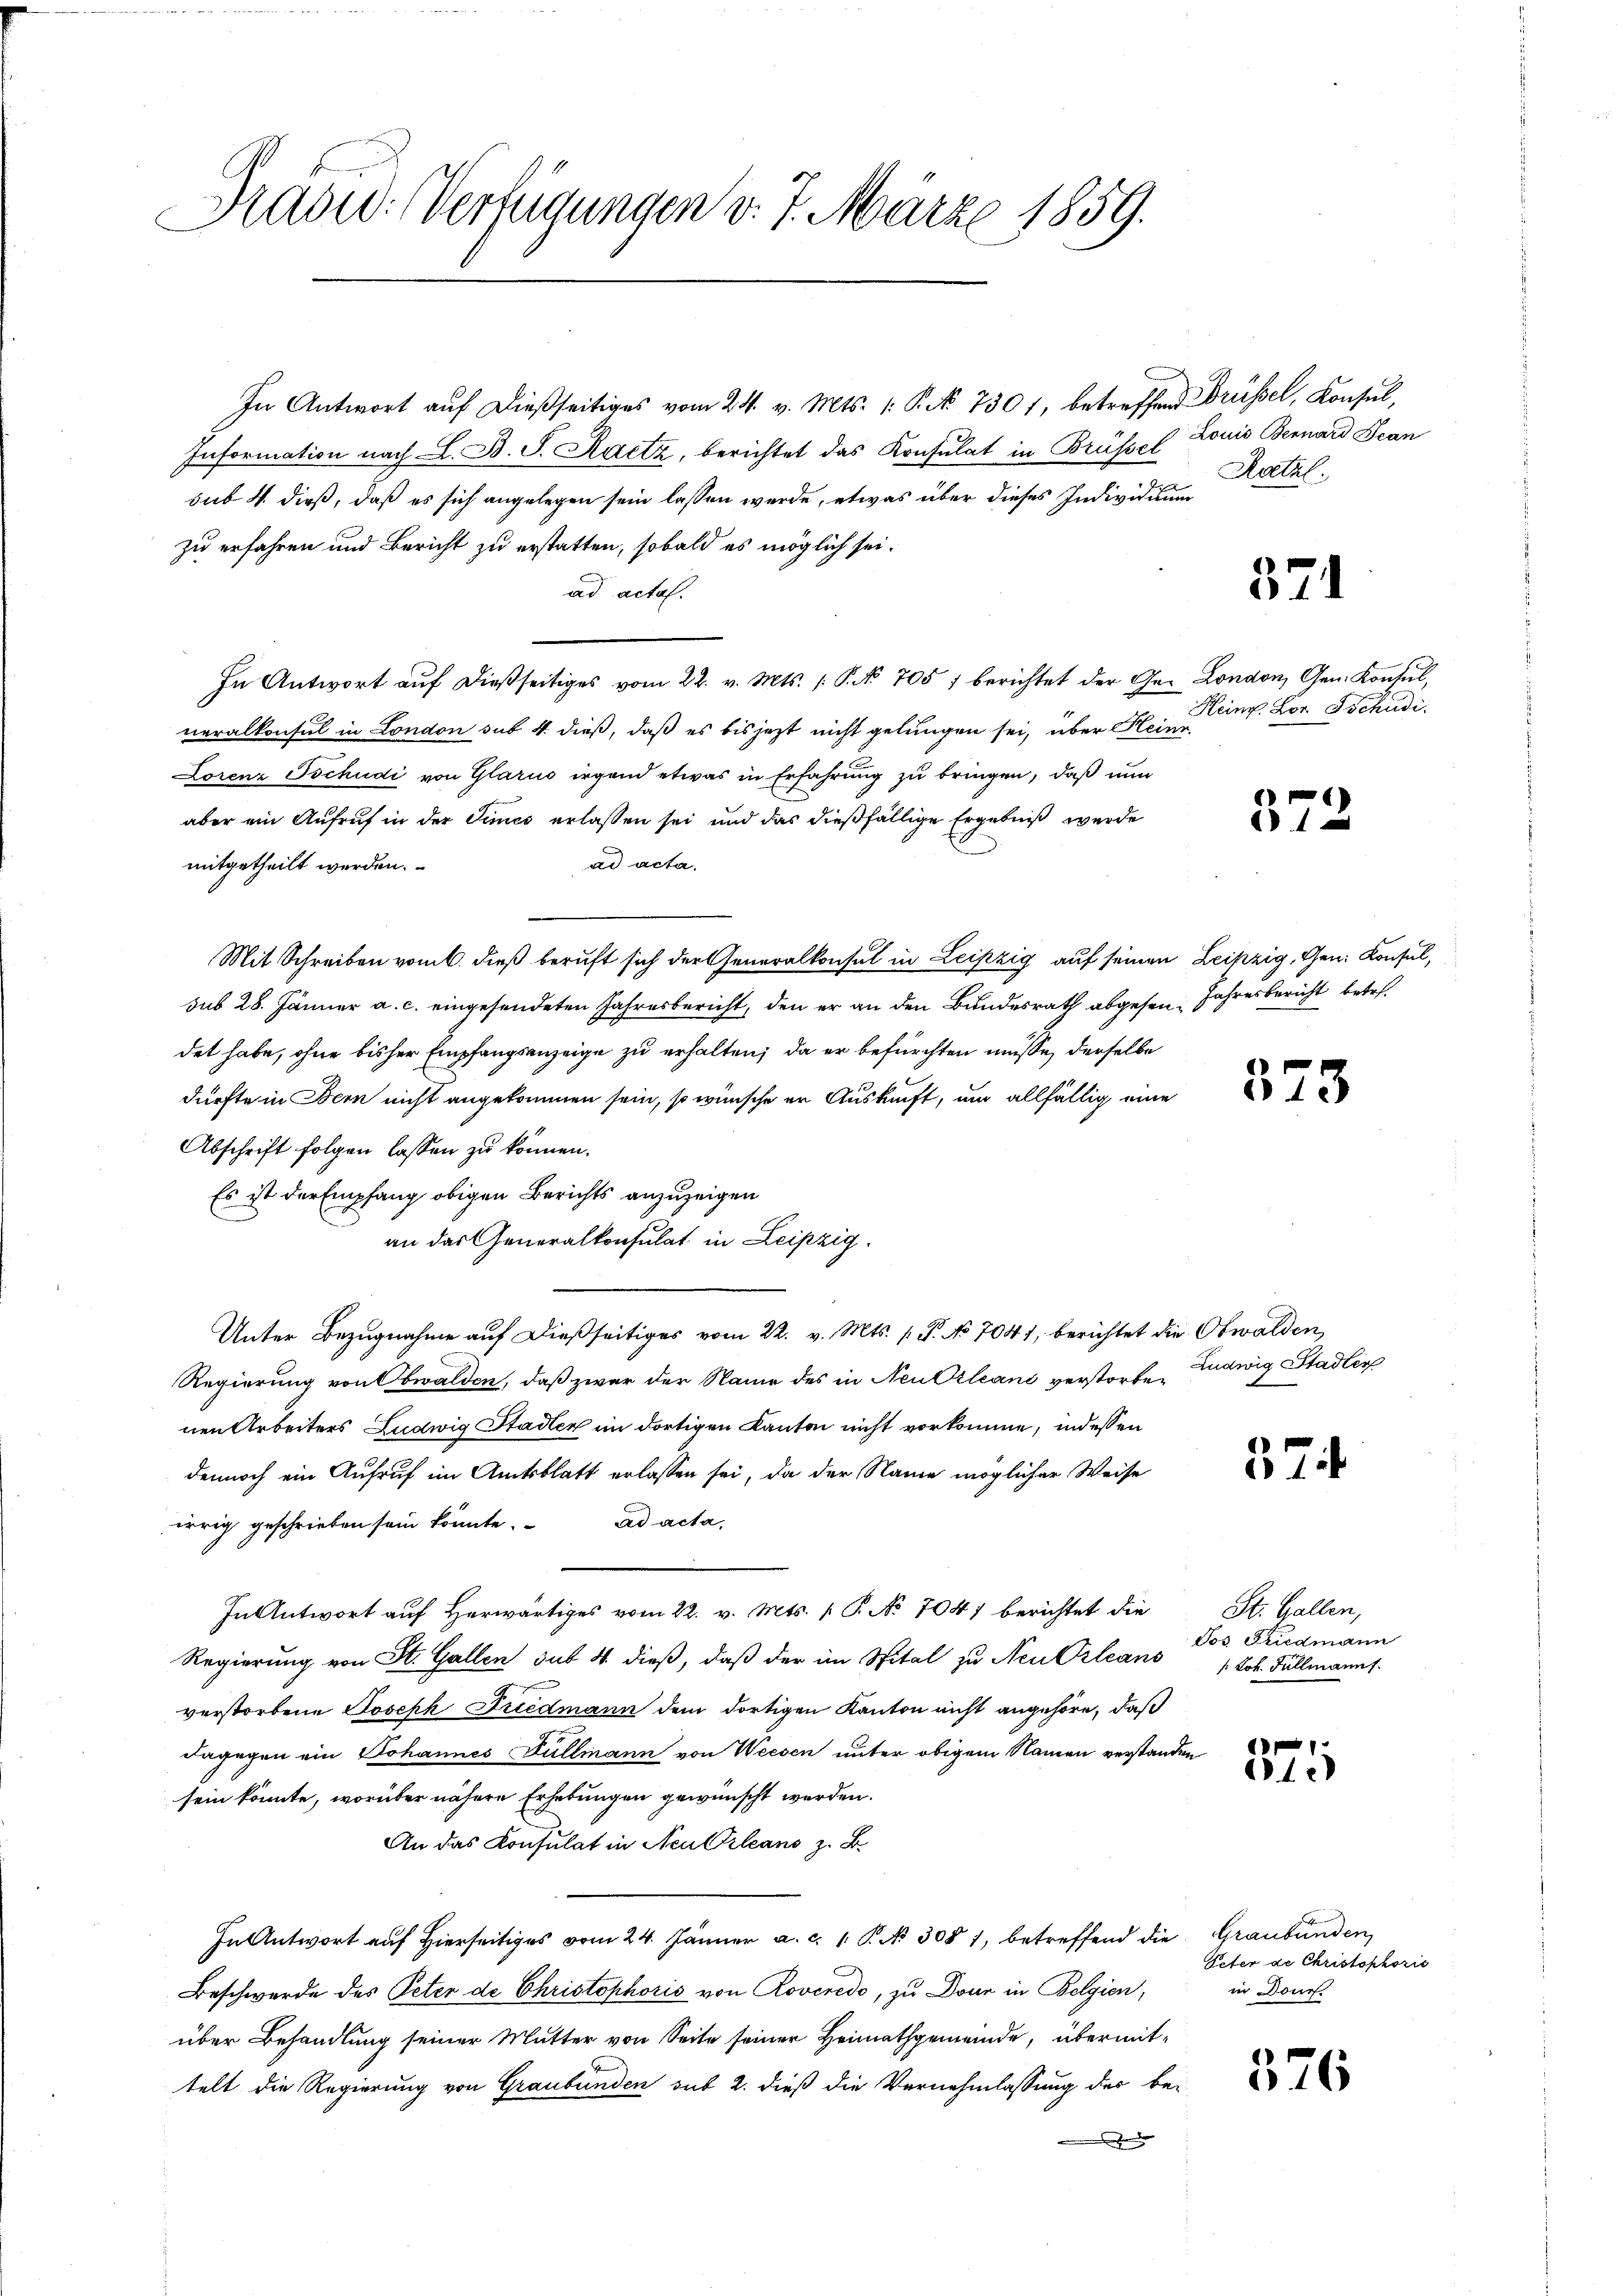
Hasid. Verfügungen v. 7. März 1859.

In Antwort aŭf dießseitiges vom 24. v. Mts. /: P. Nr. 7301, betreffend Brüssel, Konsul,
Information nach L. B. J. Raitz, berichtet das Konsulat in Brüssel
sub. 4. dieß, daß es sich angelegen sein lassen werde, etwas über dieses Individium
zu erfahren und Bericht zu erstatten, sobald es möglich sei.
ad acta.
In Antwort aŭf dießseitiges vom 22. v. Mts. P. No 705 f berichtet der Ge- London, Gen. Konsŭl,
neralkonsul in London sub 4. dieß, daß es bis jetzt nicht gelungen sei, über Kleine
Lorenz Tschudi von Glarus irgend etwas in Erfahrung zu bringen, daß nun
aber ein Aufruf in der Times erlassen sei und das dießfällige Ergebniß werde
ad acta.
mitgetheilt werden.
Mit Schreiben vom 6. dieß beruft sich der Generalkonsul in Leipzig auf seinen Leipzig, Gen. Konsul,
sub 28. Jänner a. c. eingesendeten Jahresbericht, den er an den Bundesrath abgesen. Jahresbericht betr.
det habe, ohne bisher Empfangsanzeige zu erhalten; da er befürchten müsse, derselbe
dürfte in Bern nicht angekommen sein, so wünsche er Auskunft, um allfällig eine
Abschrift folgen lassen zu können.
Es ist der Empfang obigen Berichts anzuzeigen
an das Generalkonsulat in Leipzig.
Unter Bezugnahme auf dießseitiges vom 22. v. Mts. 1 P. No 7041, berichtet die Obwalden,
Regierung von Obwalden, daß zwar der Name des in Neu Orleani verstorbenen Arbeiters Ludwig Stadler im dortigen Kanton nicht vorkomme, indessen
dennoch ein Aufruf im Amtsblatt erlassen sei, da der Name möglicher Weise
irrig geschrieben sein könnte. ad acta,
In Antwort auf herwärtiges vom 22. v. Mts. v. P. No. 704) berichtet die
Regierung von St. Gallen sub 4. dieß, daß der im Spital zu Neu Orleans
verstorbene Joseph Fuedmann dem dortigen Kanton nicht angehöre, daß
dagegen ein Johannes Füllmann von Weesen unter obigem Namen verstanden
sein könnte, worüber nähere Erhebungen gewünscht werden.
An das Konsulat in Neutrleans z. B.
In Antwort auf Hierseitiges vom 24. Jänner a. c. 1. P. No 3081, betreffend die Graubünden,
Beschwerde des Peter de Christophoris von Roveredo, zu Dann in Belgien,
über Behandlung seiner Mutter von Seite seiner Heimathgemeinde, übermittelt die Regierung von Graubünden sub 2. dieß die Vernehmlassung der be-

Louis Bernard Jean
Ratzl.

371

Heinr. Lor. Tschudi.

37.

373

Ludwig Stadler

37

St. Gallen,
Tos Friedmann
/: Joh. Fullmanns.

1
1.

Veter de Christophoris
in Douc

526